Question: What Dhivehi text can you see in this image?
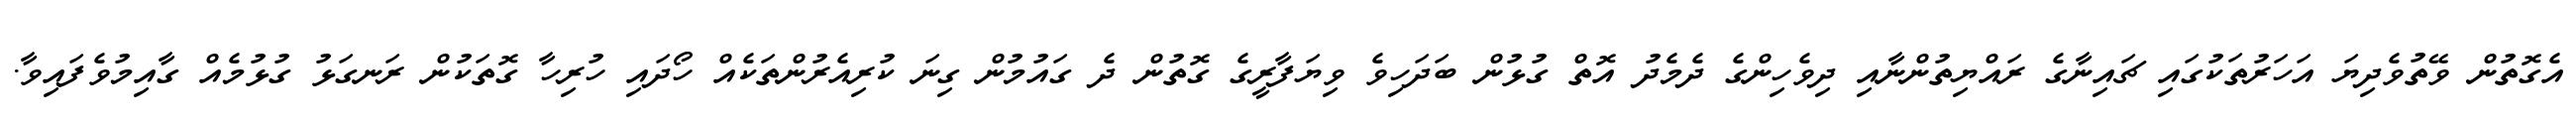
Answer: އެގޮތުން ވޭތުވެދިޔަ އަހަރުތަކުގައި ޗައިނާގެ ރައްޔިތުންނާއި ދިވެހިންގެ ދެމެދު އޮތް ގުޅުން ބަދަހިވެ ވިޔަފާރީގެ ގޮތުން ދެ ގައުމުން ގިނަ ކުރިއެރުންތަކެއް ހޯދައި ހުރިހާ ގޮތަކުން ރަނގަޅު ގުޅުމެއް ގާއިމުވެފައިވާ.